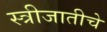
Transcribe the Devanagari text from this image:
स्त्रीजातीचे